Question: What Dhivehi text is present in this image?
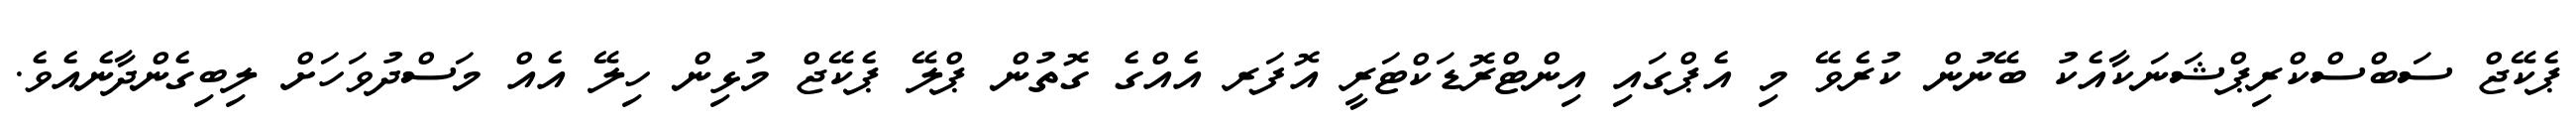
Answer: ޕެކޭޖް ސަބްސްކްރިޕްޝަނަކާއެކު ބޭނުން ކުރެވޭ މި އެޕްގައި އިންޓްރޮޑަކްޓަރީ އޮފަރ އެއްގެ ގޮތުން ޕްލޭ ޕެކޭޖް މުޅިން ހިލޭ އެއް މަސްދުވަހަށް ލިބިގެންދާނެއެވެ.